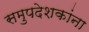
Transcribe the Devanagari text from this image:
समुपदेशकांना